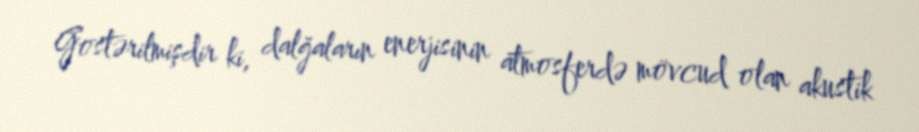
Gostərilmişdir ki, dalğaların enerjisinin atmosferdə mövcud olan akustik